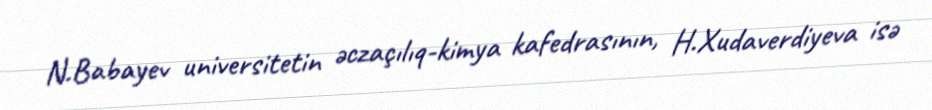
N.Babayev universitetin əczaçılıq-kimya kafedrasının, H.Xudaverdiyeva isə